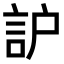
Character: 𧦈